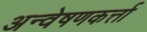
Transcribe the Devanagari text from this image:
अन्वेषणकर्त्ता